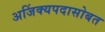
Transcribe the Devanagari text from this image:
अजिंक्यपदासोबत